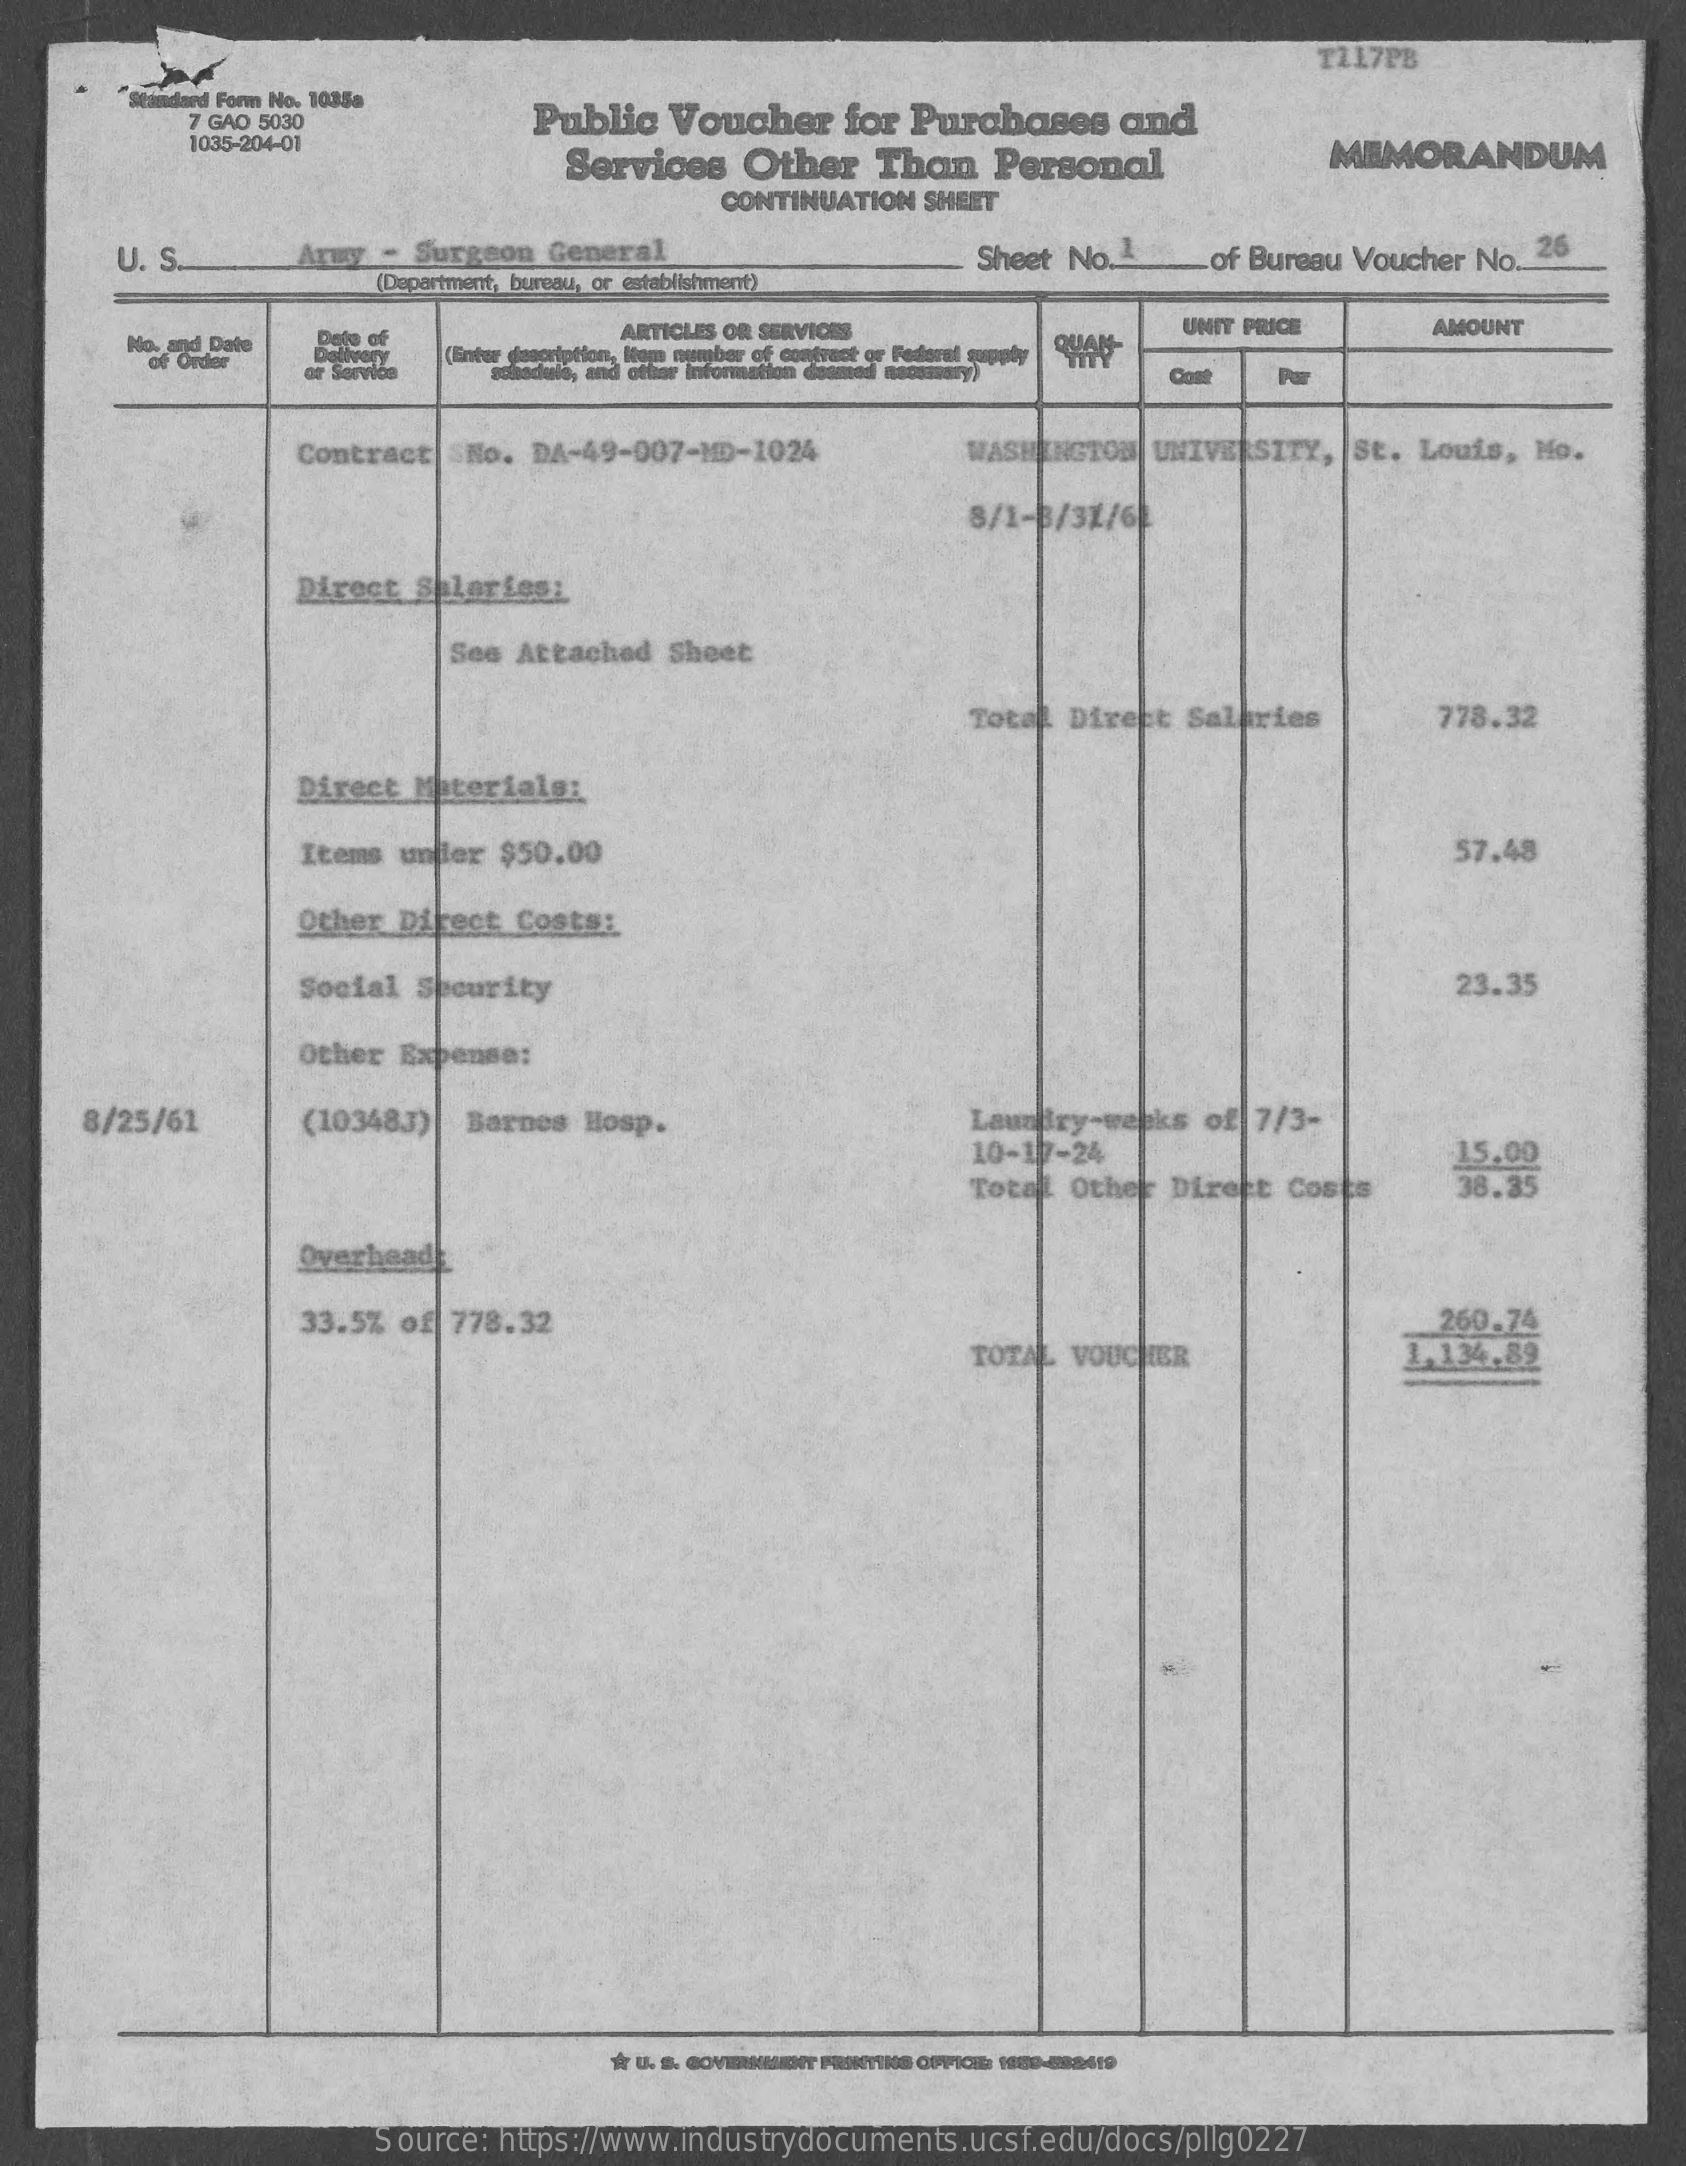
T217PB
     dard Form No. 10359
     7 GAO 5030    Public Voucher for Purchases and
     1035-204-01
     Services Other Than Personal    MEMORANDUM
     CONTINUATION SHEET
     U. S.    Army - Surgeon General    Sheet No. 1 _of Bureau Voucher No. 26
     (Department, bureau, or establishment)
     No. and Dale
     ARTICLES OR SERVICES    UNIT PRICE  AMOUNT
     of Order
     or Servlos
     (Enter description, liom number of contract or Federal supply
     sohaduls, and other information desmed naosssory)
     Contract SNo. DA-49-007-MD-1024 WASHINGTON UNIVERSITY, St. Louis, Mo.
     8/1-3/31/6
     Direct Shlaries:
     See Attached Sheet
     Total Direct Salaries 778.32
     Direct Materials:
     Items under $50.00    57.48
     Other Direct Costs:
     Social Security    23.35
     Other Expense:
    8/25/61    (103483)| Barnes Hosp.    Laundry-weeks of 7/3-
     10-117-24
     Total Other: Direkt Costs
     15.00
     38.35
     Overhead
     33.5% of 778.32    260.74
     TOTAL VOUCHER    1,134,89
     Àr U. S. COVIIIMENT PRINTING OFFICE: 1000-682419
     Source: https://www.industrydocuments.ucsf.edu/docs/pllg0227